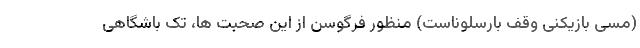
(مسی بازیکنی وقف بارسلوناست) منظور فرگوسن از این صحبت ها، تک باشگاهی